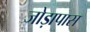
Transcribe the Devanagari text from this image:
जोड़ापास